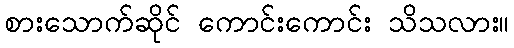
စားသောက်ဆိုင် ကောင်းကောင်း သိသလား။